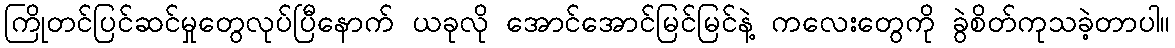
ကြိုတင်ပြင်ဆင်မှုတွေလုပ်ပြီနောက် ယခုလို အောင်အောင်မြင်မြင်နဲ့ ကလေးတွေကို ခွဲစိတ်ကုသခဲ့တာပါ။